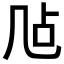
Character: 𪞲